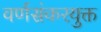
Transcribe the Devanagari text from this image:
वर्णसंकरयुक्त